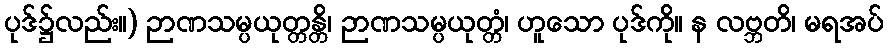
ပုဒ်၌လည်း။) ဉာဏသမ္ပယုတ္တန္တိ၊ ဉာဏသမ္ပယုတ္တံ၊ ဟူသော ပုဒ်ကို။ န လဗ္ဘတိ၊ မရအပ်